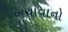
બચાવાનો